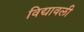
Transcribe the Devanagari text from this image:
विद्यावली